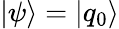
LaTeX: |\psi\rangle=|q_{0}\rangle